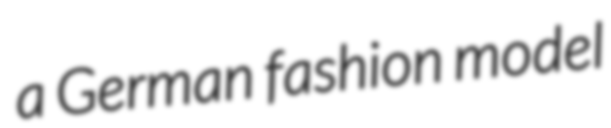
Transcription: a German fashion model